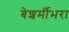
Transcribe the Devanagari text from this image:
बेशर्मीभरा